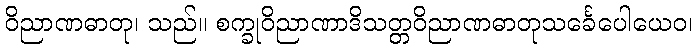
ဝိညာဏဓာတု၊ သည်။ စက္ခုဝိညာဏာဒိသတ္တဝိညာဏဓာတုသင်္ခေပေါယေဝ၊